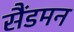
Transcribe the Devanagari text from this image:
सैंडमन